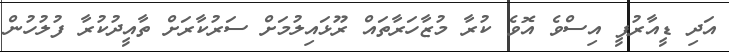
އަދި ޑީއާރުޕީ އިސްވެ އޮވެ ކުރާ މުޒާހަރާތައް ރޫޅައިލުމަށް ސަރުކާރަށް ތާއީދުކުރާ ފުލުހުން